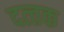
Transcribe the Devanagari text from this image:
दत्‍तक